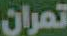
تمران